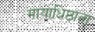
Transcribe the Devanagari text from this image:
मायाधिष्ठाता